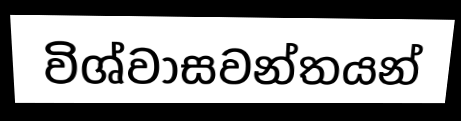
විශ්වාසවන්තයන්